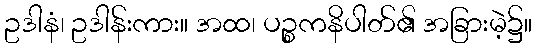
ဥဒါနံ၊ ဥဒါန်းကား။ အထ၊ ပဉ္စကနိပါတ်၏ အခြားမဲ့၌။